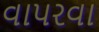
વાપરવા